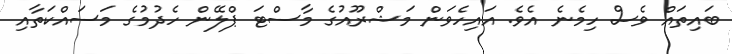
ބައިތައް ވެސް ހިމެނެ އެވެ. އައިހެވަން މަޝްރޫއުގެ މާސްޓަ ޕްލޭން ހެދުމުގެ މަސައްކަތާއި